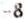
-8